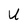
Character: U